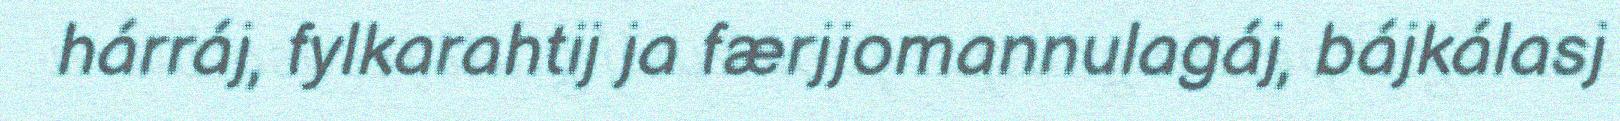
hárráj, fylkarahtij ja færjjomannulagáj, bájkálasj